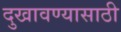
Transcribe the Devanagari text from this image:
दुखावण्यासाठी